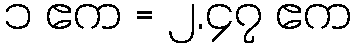
၁ ဧက = ၂.၄၇ ဧက